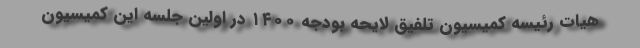
هیات رئیسه کمیسیون تلفیق لایحه بودجه ۱۴۰۰ در اولین جلسه این کمیسیون